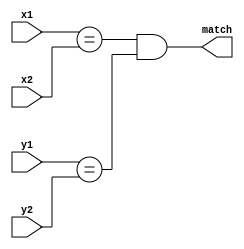
// Returns true when two coordinates match
module compare_coords(
	input wire [9:0]x1,
	input wire [9:0]y1,
	input wire [9:0]x2,
	input wire [9:0]y2,
	output wire match
);

assign match = (x1==x2 && y1==y2);

endmodule